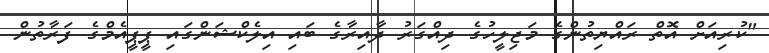
"ކުރިއަށް އޮތް ރައްޔިތުންގެ މަޖިލީހުގެ ދިއްގަރު ދާއިރާގެ ބައި އިލެކްޝަންގައި ޕީޕީއެމްގެ ފަރާތުން